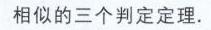
相似的三个判定定理.